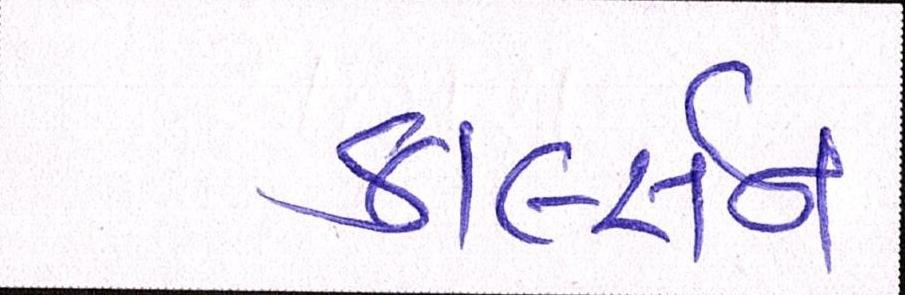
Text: કાર્લ્સન